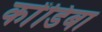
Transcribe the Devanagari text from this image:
कोंडिबा